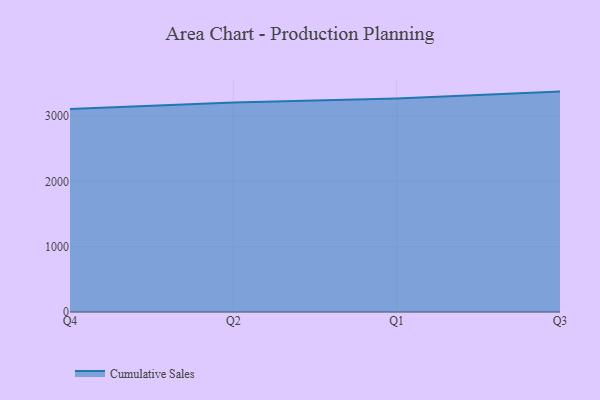
{"axis": {"x": "Quarter", "y": "Churn Rate (%)"}, "legend": ["Cumulative Sales"], "data": [{"x": "Q4", "y": 3105.6, "type": "Cumulative Sales"}, {"x": "Q2", "y": 3207.7, "type": "Cumulative Sales"}, {"x": "Q1", "y": 3269.1, "type": "Cumulative Sales"}, {"x": "Q3", "y": 3373.2, "type": "Cumulative Sales"}]}